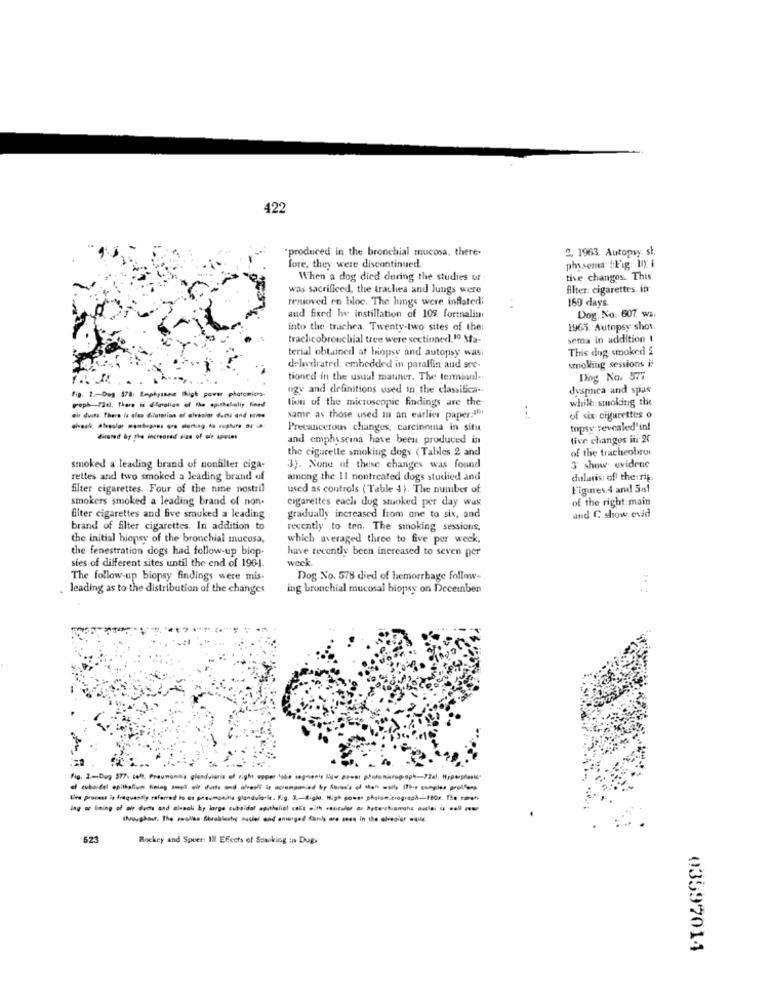
422
"produced in the bronchial mucosa. there-
2. 1963. Autopsy: st.
phy sema. Fig: 10: 1
fore, they were discontinued.
When a dog died during the studies or
tive changos. This
was sacrificed, the trachea and lungs were
filter: cigarettes. in
removed en bloc. The lungs were inflatedi
160 days.
aud fixed hy instillation of 10% formalin
Dog. No: 607, wa.
into the trachea. Twenty-two sites of the:
1965. Autopsy show.
traclcobronchial tree were sectioned.10 Ma-
sema in addition
terial obtained at biopsy and autopsy was:
This dog smoked &
smoking sessions i
deladrated. embedded in parallin and see-
tioned in the usual manner. The terminal -.
Dog Na. 577
fig. 1 .- Dag 378: Emphysans high power photomicra.
ogy and definitions used in the classifica ..
dyspnea and spas
tion of the microscopic findings are the
while smoking the
ele duas. There is alas dilatation of alveslar dums and some
same as those used in an earlier paper .!! "
--
of six cigarettes o
Precancerous changes, carcinoma in situ
topsy revealed'inf
and emphyscina have been produced in
tive changes il 20
the cigarette smoking dogs (Tables 2 and
of the tracheobrui
smoked a leading brand of nonfiller ciga-
3). None of these changes was found
3' show evidenc
rettes and two smoked a leading brand of
among the 11 nontreated dogs studied and
dularis; of the rij:
filter cigarettes. Four of the nine nostril
used as controls ( Table 4). The number of
Figures 4 and 5ost
smokers smoked a leading brand of non-
cigarettes each dug smoked per day was
of the right main
filter cigarettes and five smoked a leading
gradually increased from one to six, and
and C show evid
brand of filter cigarettes. In addition to
recently to ten. The smoking sessions,
the initial biopsy of the bronchial mucosa,
which averaged three to five por week,
the fenestration dogs had follow-up biop-
have recently been increased to seven per
sies of different sites until the end of 1964.
week
The follow-up biopsy findings were mis.
Dog No. 578 died of hemorrhage follow-
leading as to the distribution of the changes
ing bronchial mucosal biopsy on Deceinbien
tive process is frequently referred to er pneumonitis glandularir. Fig. 3 .- Right. High power phalom.trograch-180r. The caen
Ing or Ining of al dect and elesali b, large cubaidal epithelial col: .. ... . hythonof .. . . l -
523
Rockey and Speer: Ill EEccts of Smoking in Dug>
03597014